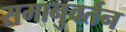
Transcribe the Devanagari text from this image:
समानुवर्तन